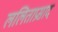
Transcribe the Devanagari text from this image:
ललिताप्रसाद